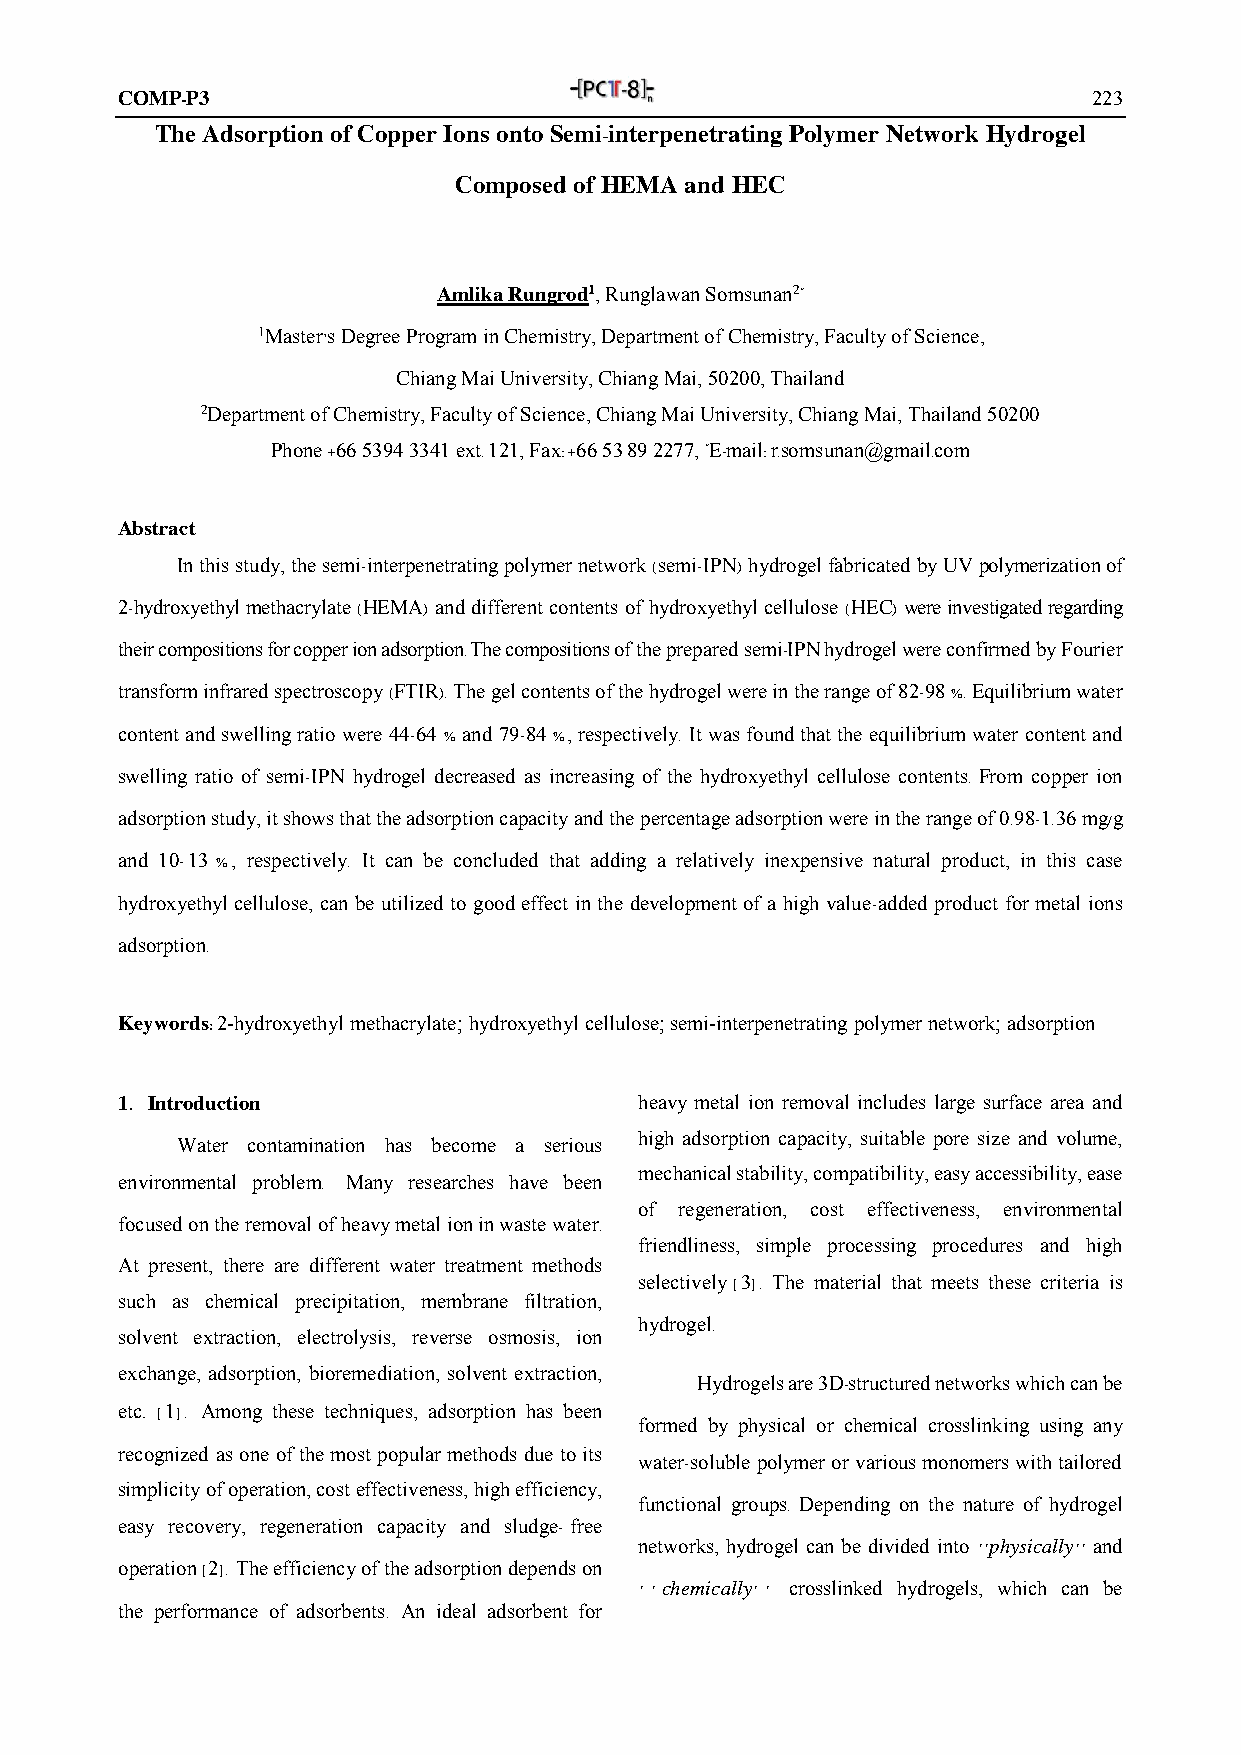
COMP-P3                                                         223
 The Adsorption of Copper Ions onto Semi-interpenetrating Polymer Network Hydrogel
 Composed of HEMA and HEC
 Amlika Rungrod1, Runglawan Somsunan2*
 1Master’s Degree Program in Chemistry, Department of Chemistry, Faculty of Science,
 Chiang Mai University, Chiang Mai, 50200, Thailand
 2Department of Chemistry, Faculty of Science, Chiang Mai University, Chiang Mai, Thailand 50200
 Phone +66 5394 3341 ext. 121, Fax: +66 53 89 2277, *E-mail: r.somsunan@gmail.com
 Abstract
 In this study, the semi-interpenetrating polymer network (semi-IPN) hydrogel fabricated by UV polymerization of
 2-hydroxyethyl methacrylate (HEMA) and different contents of hydroxyethyl cellulose (HEC) were investigated regarding
 their compositions for copper ion adsorption. The compositions of the prepared semi-IPN hydrogel were confirmed by Fourier
 transform infrared spectroscopy (FTIR). The gel contents of the hydrogel were in the range of 82-98 %. Equilibrium water
 content and swelling ratio were 44-64 % and 79-84 %, respectively. It was found that the equilibrium water content and
 swelling ratio of semi-IPN hydrogel decreased as increasing of the hydroxyethyl cellulose contents. From copper ion
 adsorption study, it shows that the adsorption capacity and the percentage adsorption were in the range of 0.98-1.36 mg/g
 and 10-13 %, respectively. It can be concluded that adding a relatively inexpensive natural product, in this case
 hydroxyethyl cellulose, can be utilized to good effect in the development of a high value-added product for metal ions
 adsorption.
 Keywords: 2-hydroxyethyl methacrylate; hydroxyethyl cellulose; semi-interpenetrating polymer network; adsorption
 1. Introduction                   heavy metal ion removal includes large surface area and
 high adsorption capacity, suitable pore size and volume,
 Water contamination has become a serious
 mechanical stability, compatibility, easy accessibility, ease
 environmental problem. Many researches have been
 of regeneration, cost effectiveness, environmental
 focused on the removal of heavy metal ion in waste water.
 friendliness, simple processing procedures and high
 At present, there are different water treatment methods
 selectively [3]. The material that meets these criteria is
 such as chemical precipitation, membrane filtration,
 hydrogel.
 solvent extraction, electrolysis, reverse osmosis, ion
 exchange, adsorption, bioremediation, solvent extraction,
 Hydrogels are 3D-structured networks which can be
 etc. [1]. Among these techniques, adsorption has been
 formed by physical or chemical crosslinking using any
 recognized as one of the most popular methods due to its
 water-soluble polymer or various monomers with tailored
 simplicity of operation, cost effectiveness, high efficiency,
 functional groups. Depending on the nature of hydrogel
 easy recovery, regeneration capacity and sludge- free
 networks, hydrogel can be divided into ‘‘physically’’ and
 operation [2]. The efficiency of the adsorption depends on
 ‘ ‘ chemically’ ’ crosslinked hydrogels, which can be
 the performance of adsorbents. An ideal adsorbent for